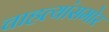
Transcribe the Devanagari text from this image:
चाहत्यांसमोर